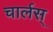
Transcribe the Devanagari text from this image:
चार्लस्‌